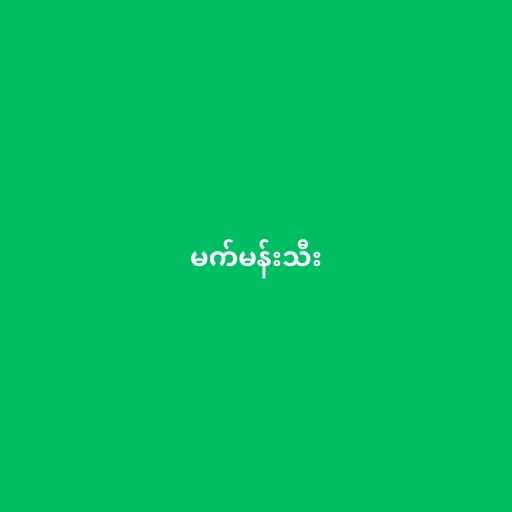
မက်မန်းသီး